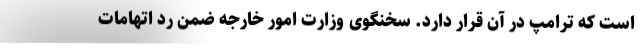
است که ترامپ در آن قرار دارد. سخنگوی وزارت امور خارجه ضمن رد اتهامات